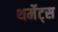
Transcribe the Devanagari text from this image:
थर्मेट्स